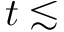
t \lesssim